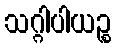
သဂ္ဂါပါယဉ္စ